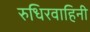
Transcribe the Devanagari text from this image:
रुधिरवाहिनी